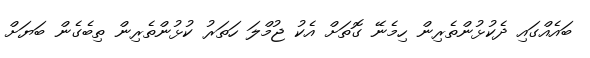
ބައެއްގައި ދެކުޅުންތެރިން ހިމެނޭ ގޮތަށް އެކު ޖުމްލަ ހަތަރު ކުޅުންތެރިން ތިބެގެން ބަޔަށް